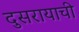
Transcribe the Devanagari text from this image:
दुसरायाची